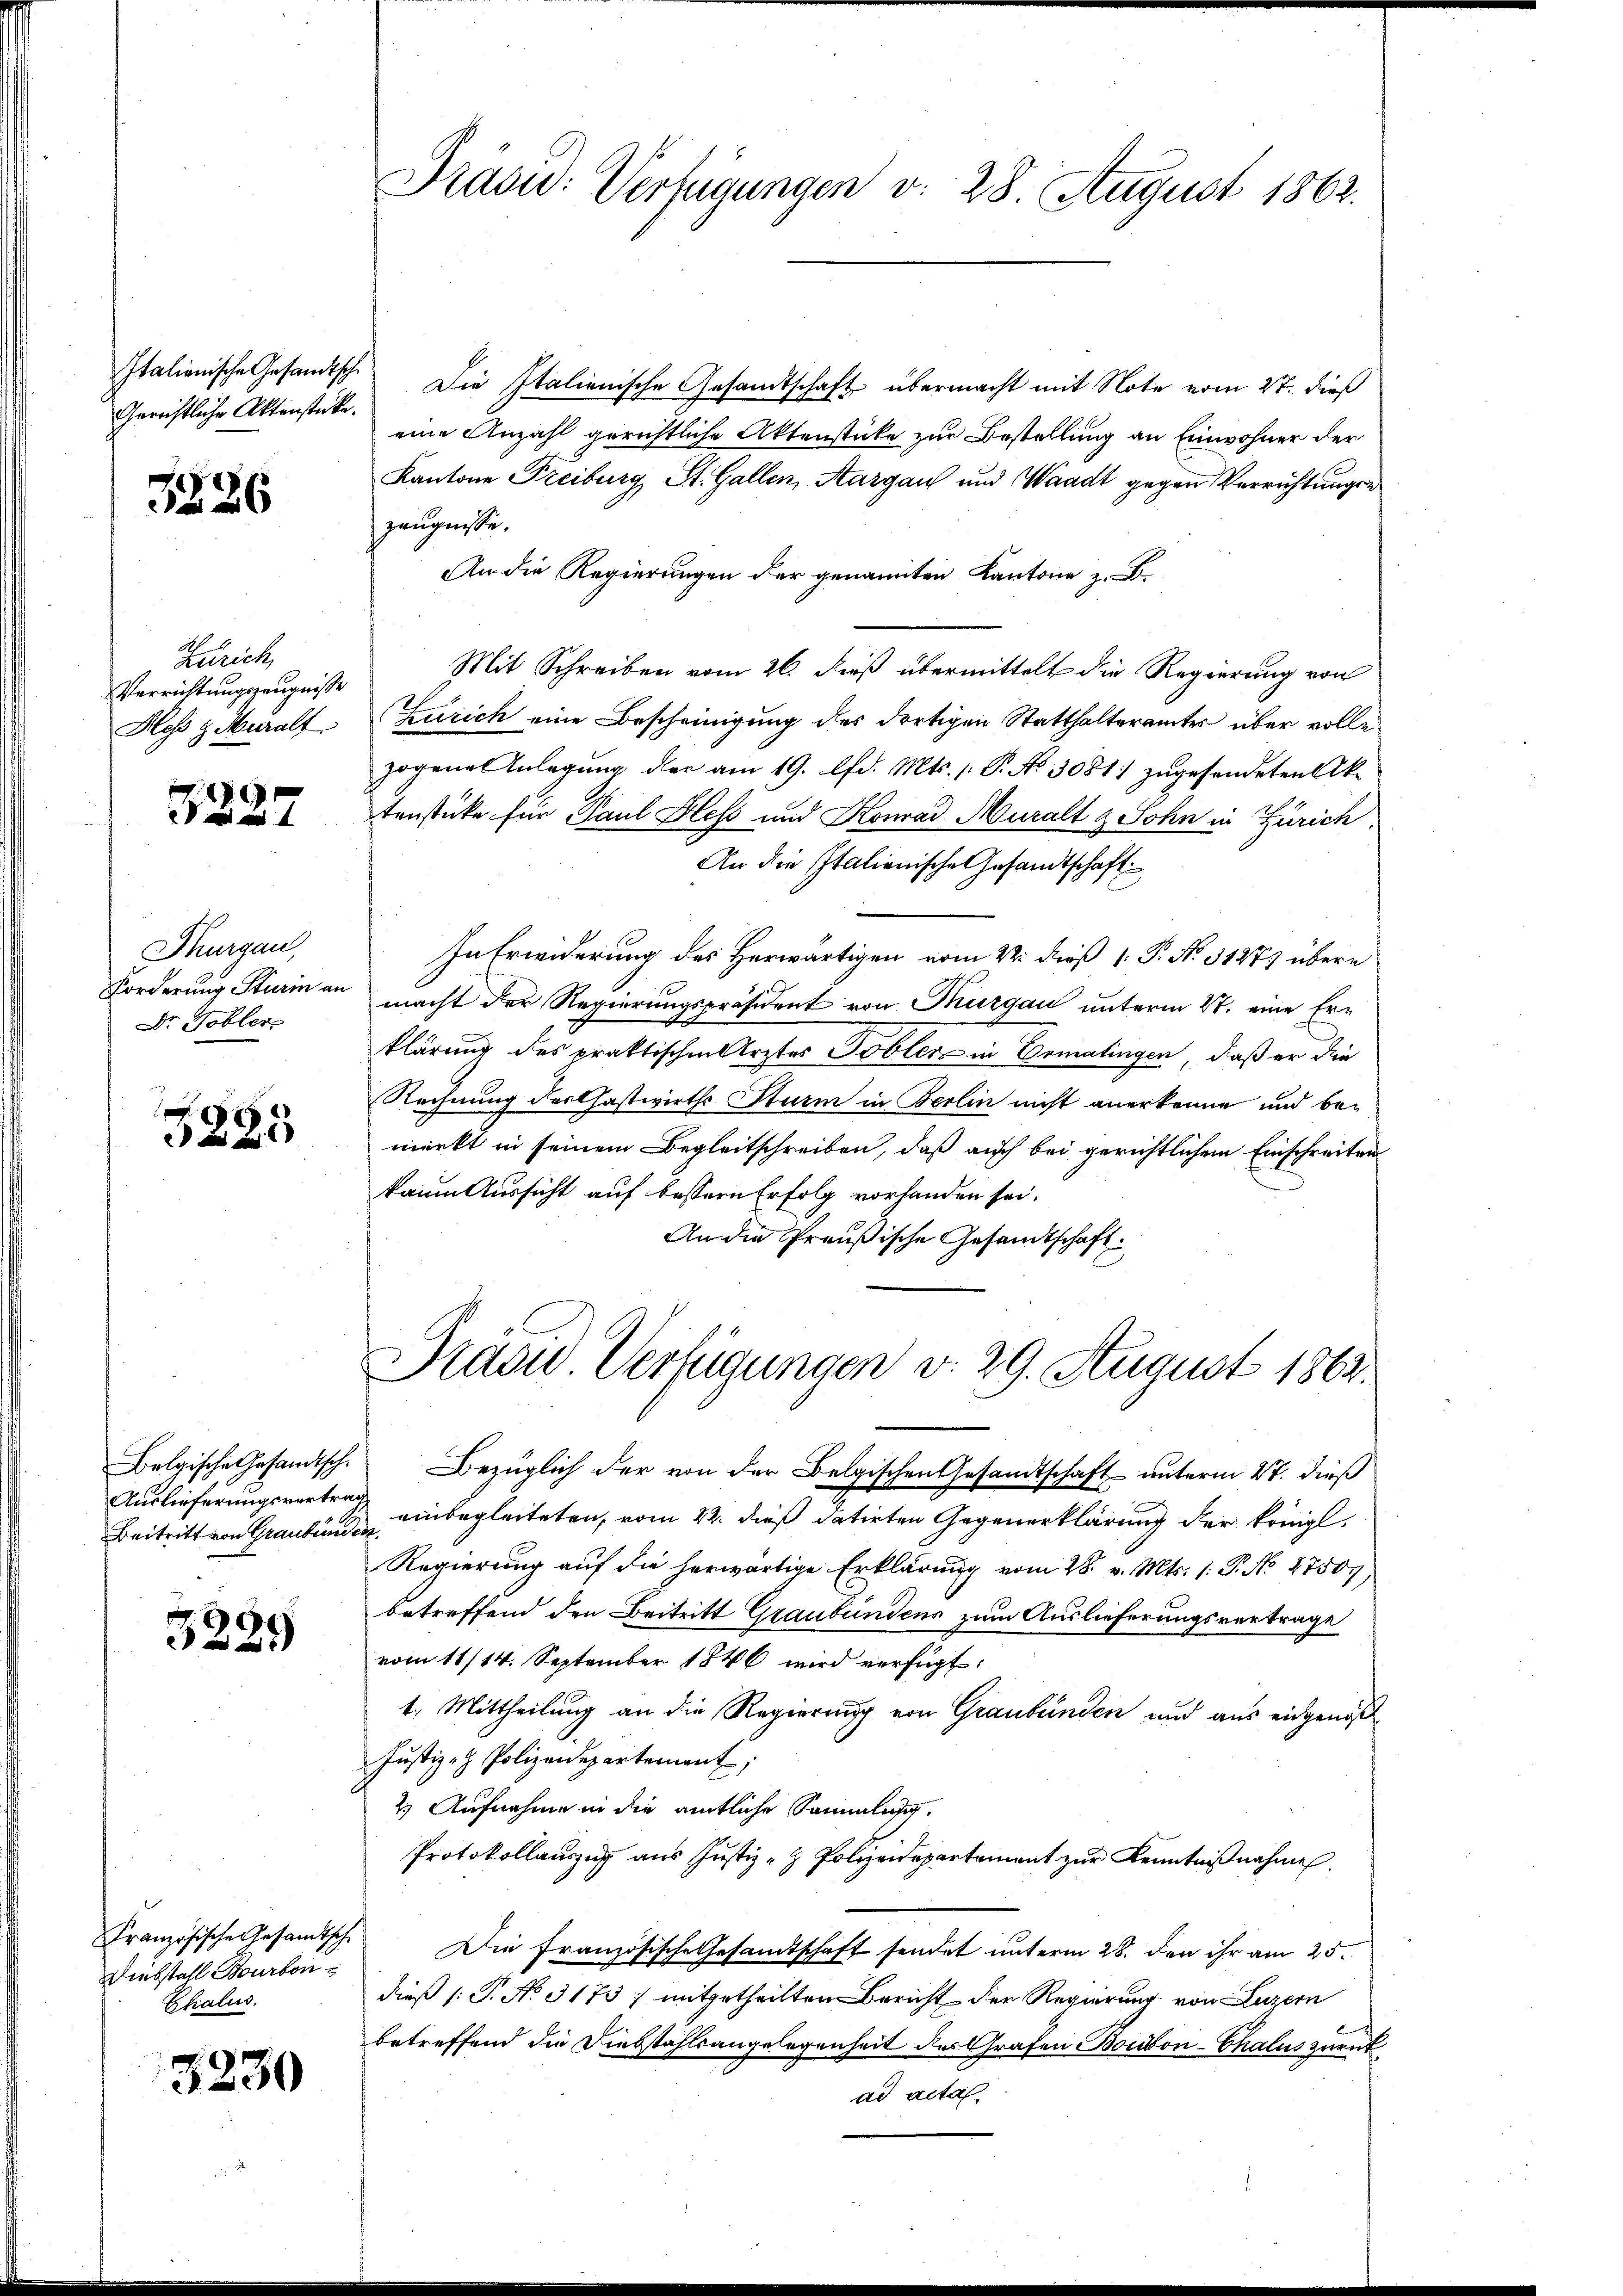
Gerichtliche Aktenstücke.

3226

Zürich,
Verrichtungszeugnisse
Hess z Muralt

7227

Thurgau,
Forderung Sturin an
Dr. Tobler

x
223

Auslieferungsvertrag
Beitritt von Graubünden.

3229

Diebstahl Bourton
Chalus.

5230

Präsid: Verfügungen v. 28. August 1862.

Italienische Gesandtsch. Die Italienische Gesandtschaft übermacht mit Note vom 27. dieß
eine Anzahl gerichtliche Aktenstücke zur Bestellung an Einwohner der
Kantone Freiburg, St. Gallen, Aargau und Waadt gegen Verrichtungen
zeugnisse.
An die Regierungen der genannten Kantone z. B.
Mit Schreiben vom 26. dieß übermittelt die Regierung von
Zürich eine Bescheinigung des dortigen Statthalteramtes über volle
zogene Anlegung der am 19. lfd. Mts. 1. P. No. 30811 zugesendeten Aktenstücke für Paul Hess und Konrad Muralt & Sohn in Zürich.
An die Italienische Gesandtschaft
In Erwiderung des Herwärtigen vom 22. dieß [ P. N. 31275 übere
macht der Regierungspräsident von Thurgau unterm 21. eine Erklärung des praktischen Arztes Tobler in Ermatingen, daß er die
Rechnung darthastwirths Sturm in Berlin nicht anerkenne und bemerkt in seinem Begleitschreiben, daß auch bei gerichtlichem Einschreiten
kaum Aussicht auf bessern Erfolg vorhanden sei.
An die Preußische Gesandtschaft

Belgische Gesandtsch. Bezüglich der von der Belgischen Gesandtschaft unterm 27. dieß
einbegleiteten, vom 22. dieß datirten Gegenerklärung der königl.
Regierung auf die herwärtige Erklärŭng vom 28. v. Mts. 1. P. No 2750.
betreffend den Beitritt Graubündens zum Auslieferungsvertrage
vom 11/14. September 1846 wird verfügt:
1. Mittheilung an die Regierung von Graubünden und aus eidgenöß
Justiz- & Polizeidepartement,
2) Aufnahme in die amtliche Sammlung,
Protokollauszug aus Justiz- & Polizeidepartement zur Kenntnißnahmen.
Französische Gesandtsch. Die französische Gesandtschaft sendet unterm 28. den ihr am 25.
dieß (T. No. 3173; mitgetheilten Bericht der Regierung von Luzern
betreffend die Diebstahlsangelegenheit des Grafen Bonbon-Chalus zurück
ad actal.

Pradie Verfügungen d. 29. August 1862.